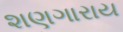
શણગારાય